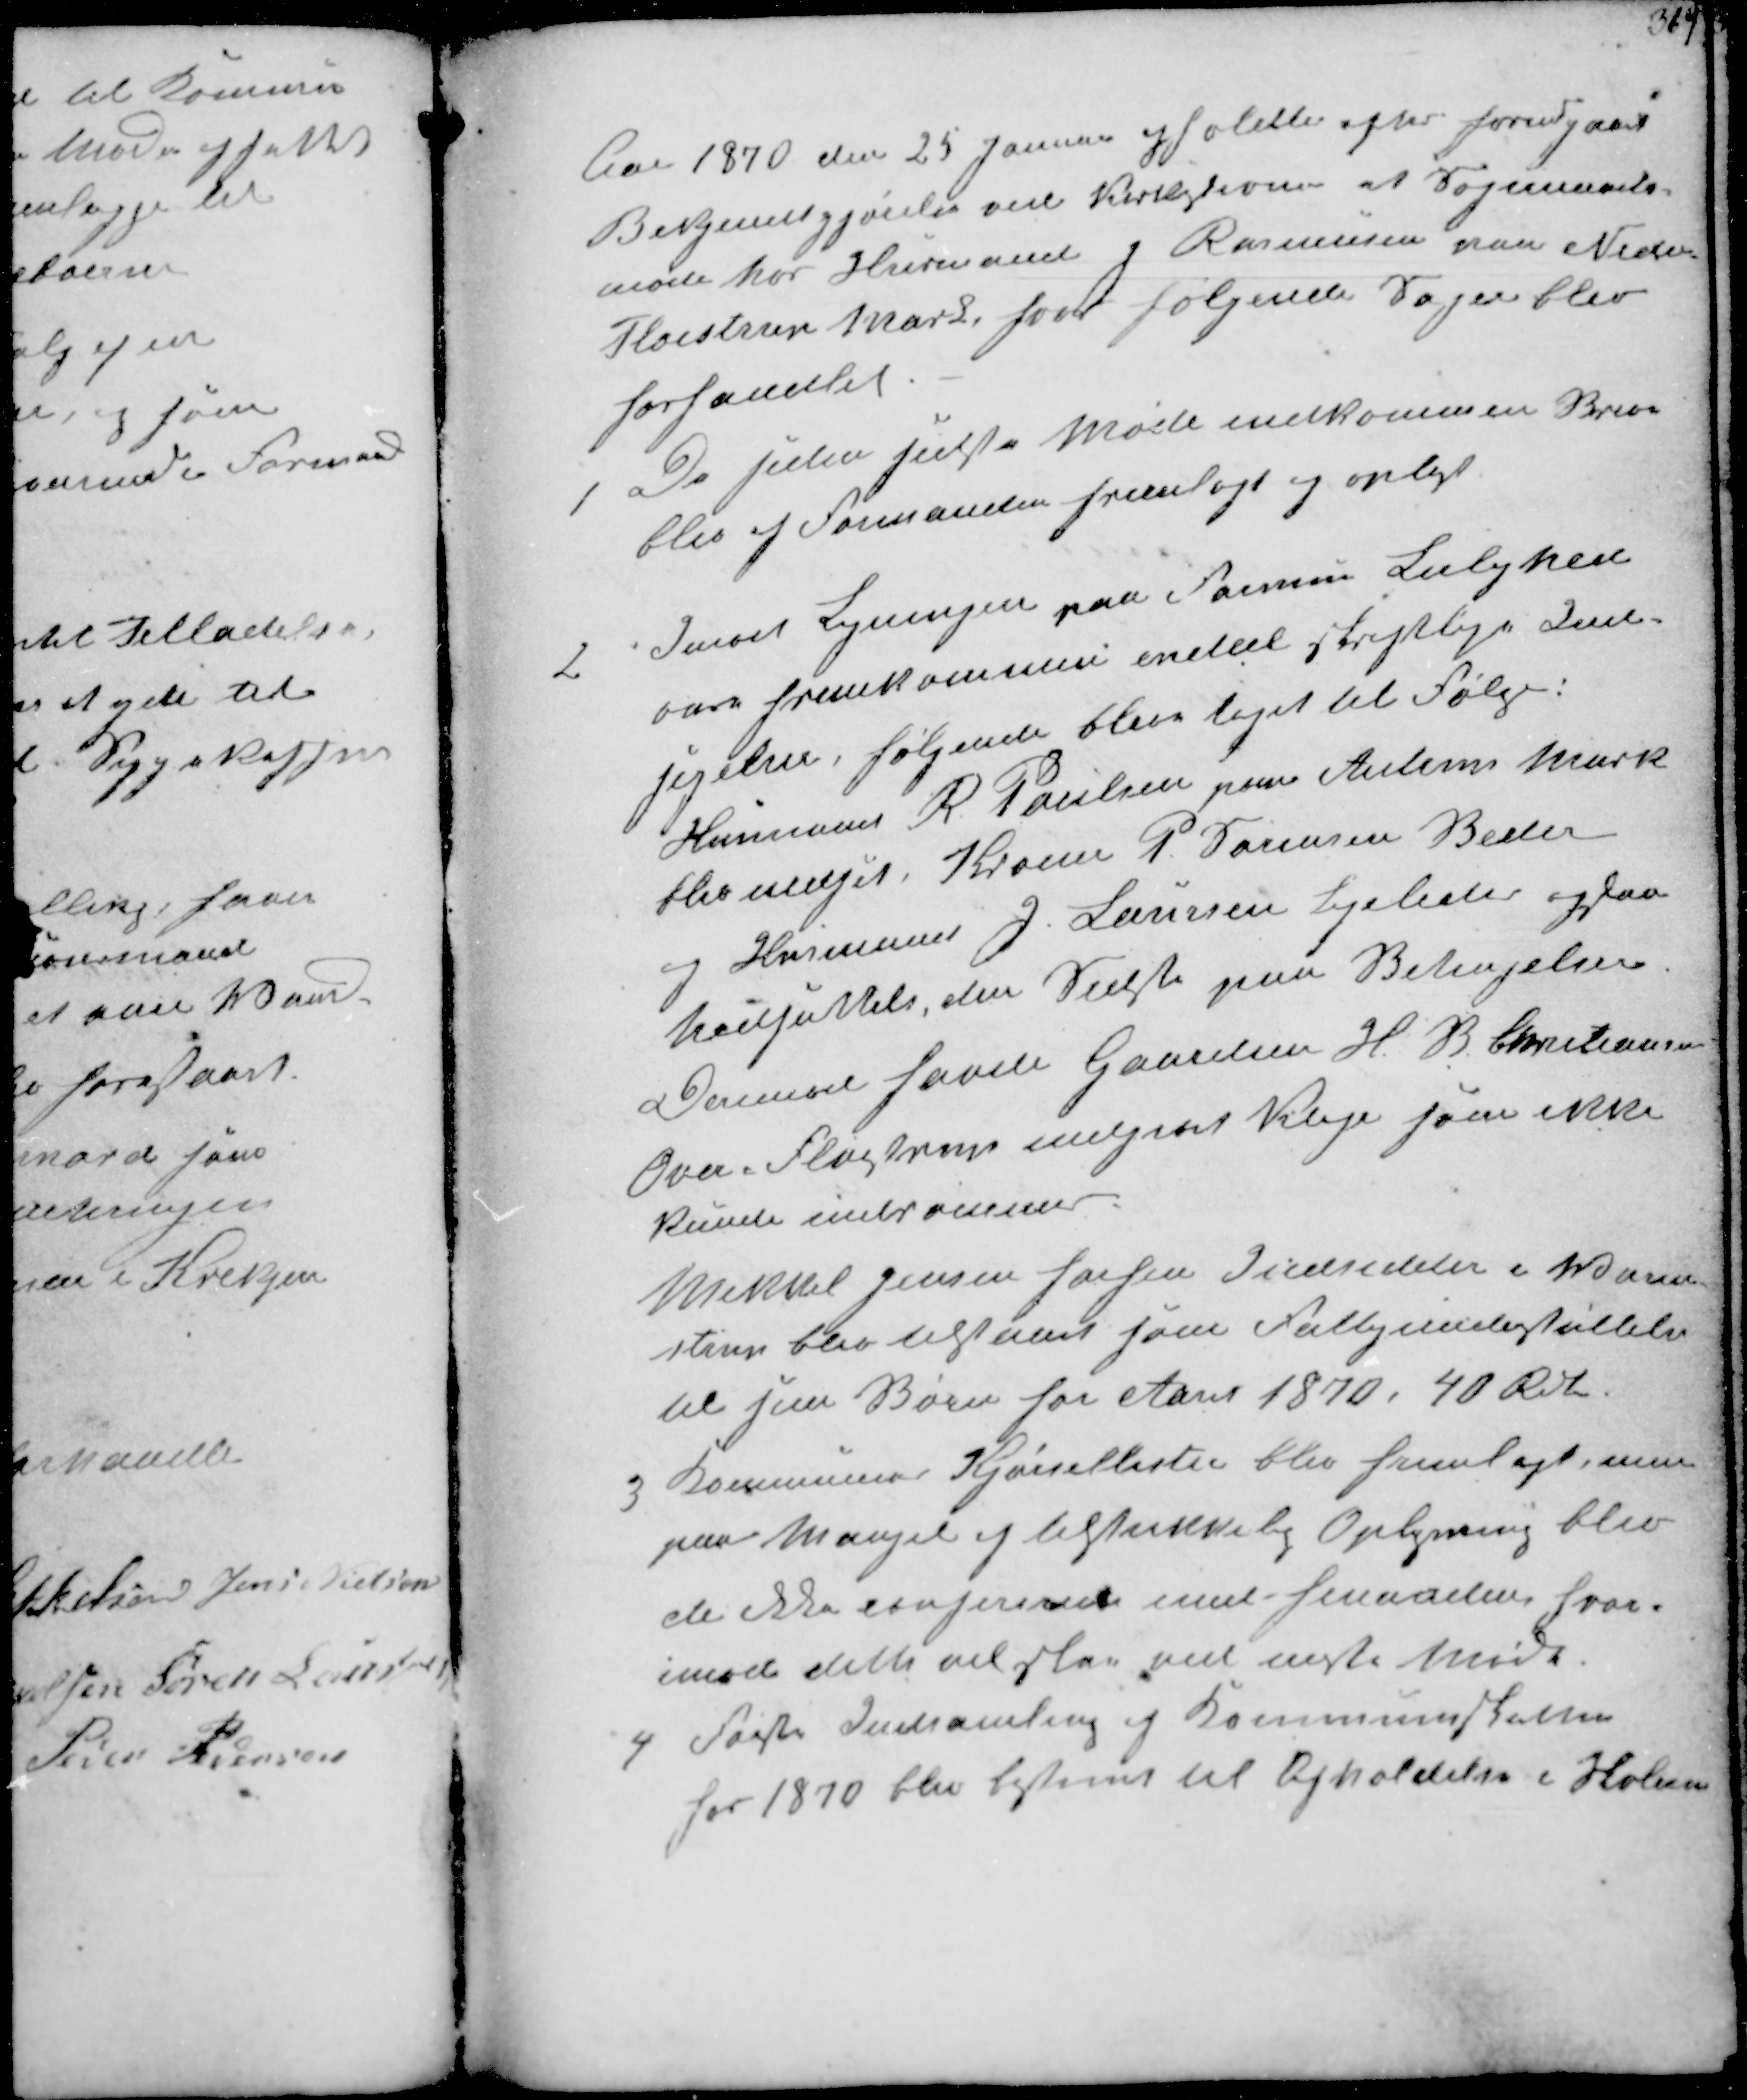
Transskription:
Aar 1870 den 25 Januar afholdtes efter forudgaaet
Bekjendtgjørelse ved Kirkestævne et Sogneraads-
møde hos Husmand J Rasmussen paa Neder
Fløistrup Mark hvor følgende Sager blev
forhandlet

1
De siden sidste Møde indkommen Breve
blev af Formanden fremlagt og oplæst

2
Imod Ligningen paa Formue Lejlighed
vare fremkommen enkelte skriftlige Ind-
sigelser, følgende blev taget til Følge.
Husmand R Poulsen paa Aulens Mark
blev nedsat Kroejer P. Sørensen Beder
og Husmand J. Laursen Ligeledes ogsaa
nedsættelse, den Sidste paa Betingelser
Derimod havde Gaardejer H. B. Christiansen
Over-Fløistrup indgivet Sag som ikke
kunde indrømmes
Mikkel Jensen forhen Indsidder i Vorm-
strup blev tilstaaet som Fattigunderstøttelse
til sine Børn for etaret 1870. 40 Rdl

3
Kommunens Kjørsellister blev fremlagt, men
paa Mangel og tilstrækkelig Oplysning blev
de ikke confirmered ved  hvor-
imod dette vil ske ved næste Møde

4
første Indsamling af Kommuneskatten
for 1850 blev bestemt til Afholdelse i Skolerne